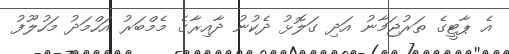
އެ ޕާޓީގެ ތަރުޖަމާނު އަދި ގަލޮޅު ދެކުނު ދާއިރާގެ މެމްބަރު އަހްމަދު މަހުލޫފު